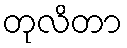
တုလိတာ